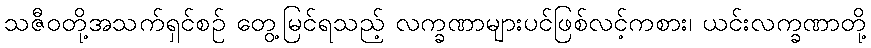
သဇီဝတို့အသက်ရှင်စဉ် တွေ့မြင်ရသည့် လက္ခဏာများပင်ဖြစ်လင့်ကစား၊ ယင်းလက္ခဏာတို့